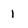
Character: 1